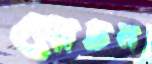
মোচন